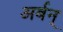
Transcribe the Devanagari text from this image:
अर्बन्